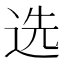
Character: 选